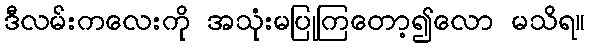
ဒီလမ်းကလေးကို အသုံးမပြုကြတော့၍လော မသိရ။